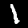
Digit: 1